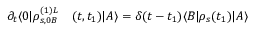
\begin{array} { r l } { \partial _ { t } \langle 0 | \rho _ { s , 0 B } ^ { ( 1 ) L } } & { { } ( t , t _ { 1 } ) | A \rangle = \delta ( t - t _ { 1 } ) \langle B | \rho _ { s } ( t _ { 1 } ) | A \rangle } \end{array}